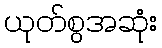
ယုတ်စွအဆုံး